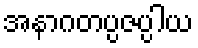
အနာဂတပ္ပဇပ္ပါယ